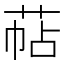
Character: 萜